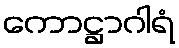
ကောဋ္ဌာဂါရံ